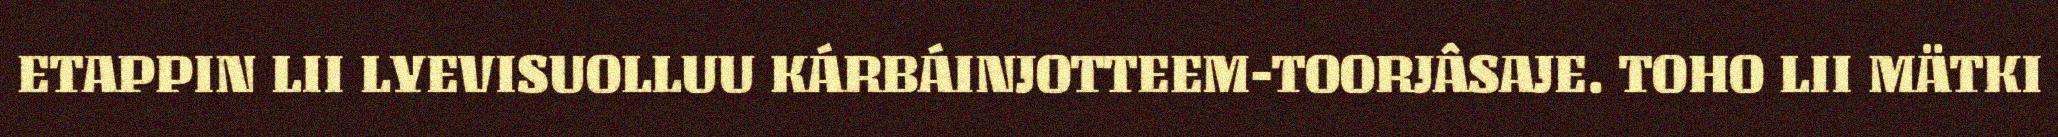
ETAPPIN LII LYEVISUOLLUU KÁRBÁINJOTTEEM-TOORJÂSAJE. TOHO LII MÄTKI